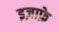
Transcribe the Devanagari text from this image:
इज़ाफ़े